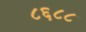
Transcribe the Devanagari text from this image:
८६८८